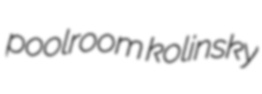
poolroom kolinsky